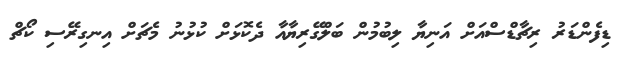
ޑިފެންޑަރު ރިޗާޑްސްއަށް އަނިޔާ ލިބުމުން ބަލްގޭރިޔާއާ ދެކޮޅަށް ކުޅުނު މެޗަށް އިނގިރޭސި ކޯޗް